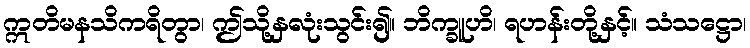
ဣတိမနသိကရိတွာ၊ ဤသို့နှလုံးသွင်း၍။ ဘိက္ခူဟိ၊ ရဟန်းတို့နှင့်။ သံသဋ္ဌော၊